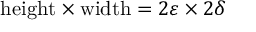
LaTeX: { \mathrm { h e i g h t } } \times { \mathrm { w i d t h } } = 2 \varepsilon \times 2 \delta